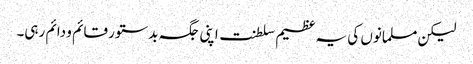
لیکن مسلمانوں کی یہ عظیم سلطنت اپنی جگہ بدستور قائم و دائم رہی۔